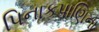
પિનાકપાણિના